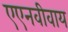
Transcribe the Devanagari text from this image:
एएनवीवाय